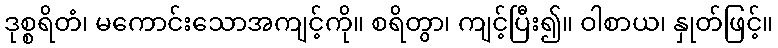
ဒုစ္စရိတံ၊ မကောင်းသောအကျင့်ကို။ စရိတွာ၊ ကျင့်ပြီး၍။ ဝါစာယ၊ နှုတ်ဖြင့်။